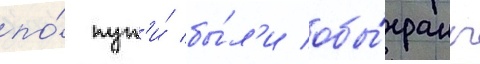
по́ пут'и́ бы́л'и обы́граны